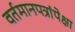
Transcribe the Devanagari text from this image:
वर्तमानपत्रांपेक्षा